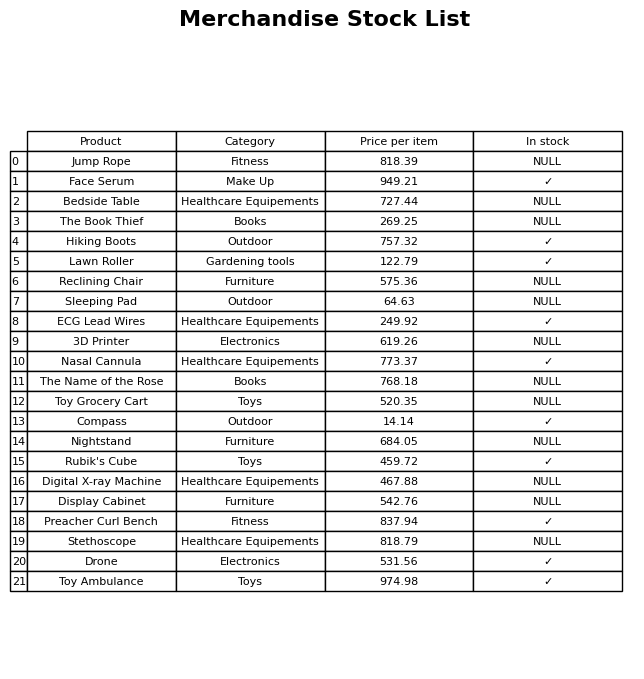
question: What category does the Digital X-ray Machine belong to?
answer: Healthcare Equipements